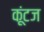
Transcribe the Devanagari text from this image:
कूंटज